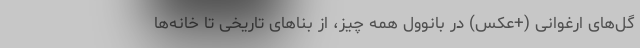
گل‌های ارغوانی (+عکس) در بانوول همه چیز، از بنا‌های تاریخی تا خانه‌ها